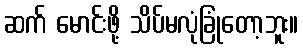
ဆက် မောင်းဖို့ သိပ်မလုံခြုံတော့ဘူး။